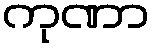
ကုဏာ